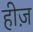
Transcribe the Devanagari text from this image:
हीज़